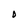
Character: D